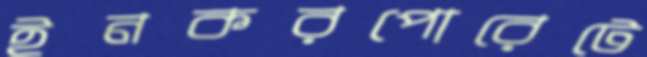
ইনকরপোরেটে